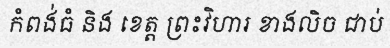
កំពង់ធំ និង ខេត្ត ព្រះវិហារ ខាងលិច ជាប់